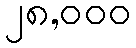
၂၈,၀၀၀